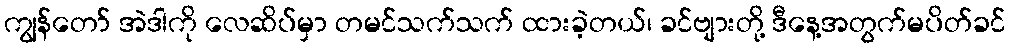
ကျွန်တော် အဲဒါကို လေဆိပ်မှာ တမင်သက်သက် ထားခဲ့တယ်၊ ခင်ဗျားတို့ ဒီနေ့အတွက်မပိတ်ခင်